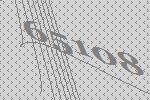
65108